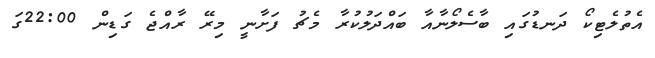
އެތުލެޓިކޯ ދަނޑުގައި ބާސެލޯނާއާ ބައްދަލުކުރާ މެޗު ފަށާނީ މިރޭ ރާއްޖެ ގަޑިން 22:00ގަ